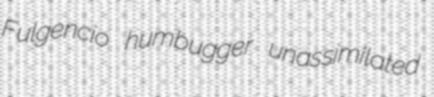
Fulgencio humbugger unassimilated